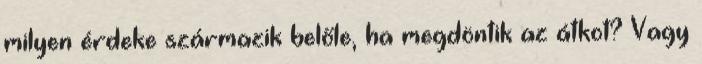
milyen érdeke származik belőle, ha megdöntik az átkot? Vagy